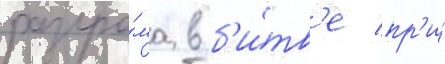
разгро́ма в б'и́тв'е пр'и́